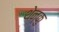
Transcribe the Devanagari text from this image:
थेन्कु